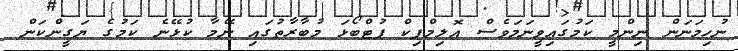
ނުހިމަނަން ނިންމީ ކަމުގައިވީނަމަވެސް އޮލިމްޕިކް ފުޓްބޯޅަ މުބާރާތުގައި ނޭމާ ކުޅޭނެ ކަމުގެ ޔަގީންކަން